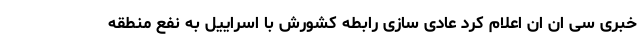
خبری سی ان ان اعلام کرد عادی سازی رابطه کشورش با اسراییل به نفع منطقه